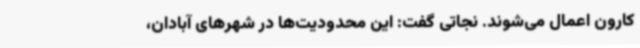
کارون اعمال می‌شوند. نجاتی گفت: این محدودیت‌ها در شهرهای آبادان،